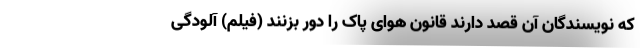
که نویسندگان آن قصد دارند قانون هوای پاک را دور بزنند (فیلم) آلودگی